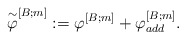
\begin{align*}\overset{\sim}{\varphi}^{[B;m]}:=\varphi^{[B;m]} + \varphi^{[B;m]}_{add}.\end{align*}